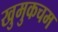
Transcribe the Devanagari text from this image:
खुमुकचम